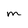
Character: m